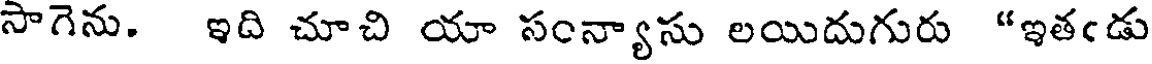
సాగెను. ఇది చూచి యా సంన్యాసు లయిదుగురు "ఇతండు